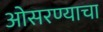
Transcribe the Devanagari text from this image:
ओसरण्याचा